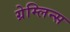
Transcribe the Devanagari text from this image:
ग्रेम्लिन्स